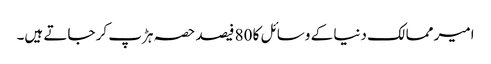
امیر ممالک دنیا کے وسائل کا 80 فیصد حصہ ہڑپ کر جاتے ہیں۔